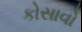
કોસાવો